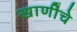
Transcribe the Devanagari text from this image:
खाणींचे